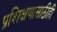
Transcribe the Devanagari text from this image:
प्रशिक्षणासाठीही